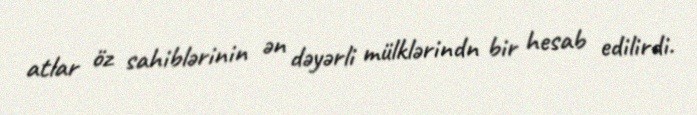
atlar öz sahiblərinin ən dəyərli mülklərindn bir hesab edilirdi.